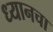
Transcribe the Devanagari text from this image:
ध्यानचा